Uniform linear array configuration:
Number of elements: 32
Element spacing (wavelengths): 0.75
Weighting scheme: hann
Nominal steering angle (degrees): -60
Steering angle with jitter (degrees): -61.755
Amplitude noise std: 0.05
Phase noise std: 0.05

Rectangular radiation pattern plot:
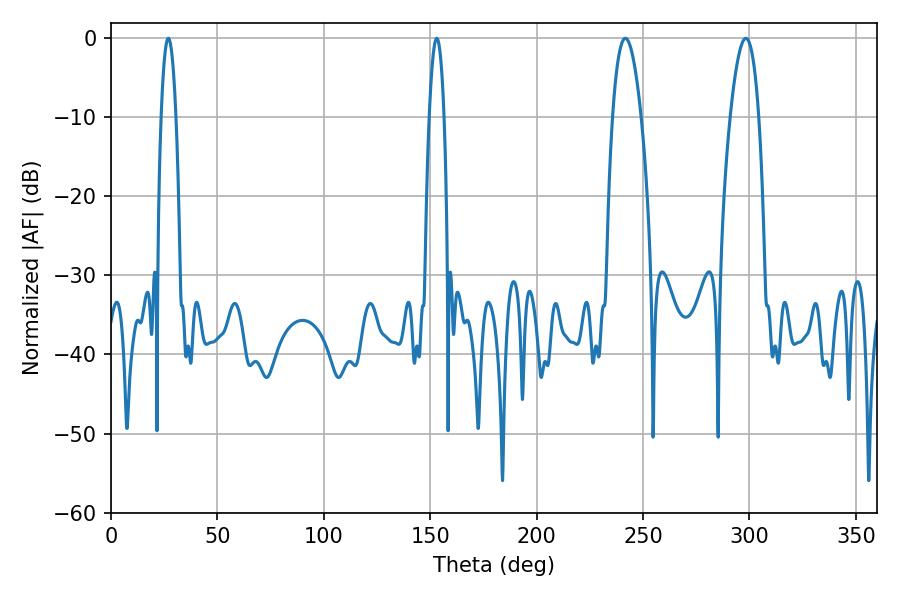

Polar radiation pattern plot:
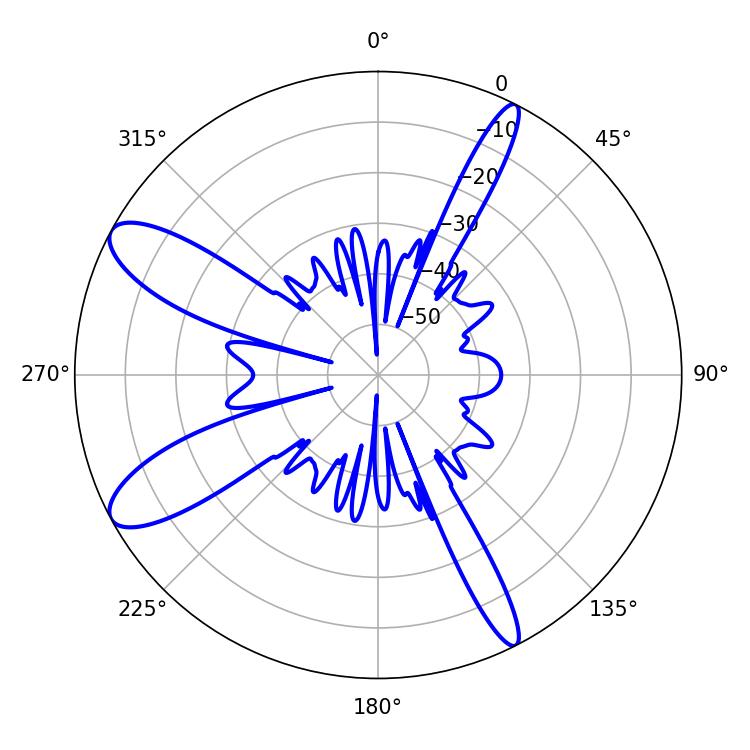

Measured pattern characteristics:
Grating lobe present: TRUE
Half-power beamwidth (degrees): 7.38
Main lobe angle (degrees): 241.74